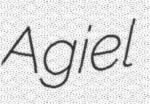
Agiel